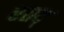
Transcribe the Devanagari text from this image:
रतद्